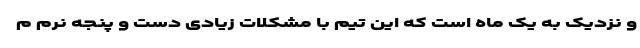
و نزدیک به یک ماه است که این تیم با مشکلات زیادی دست و پنجه نرم م